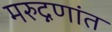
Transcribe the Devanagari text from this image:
मरुद्नणांत